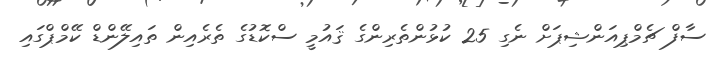
ސާފް ޗެމްޕިއަންޝިޕަށް ނެގި 25 ކުޅުންތެރިންގެ ޤައުމީ ސްކޮޑުގެ ތެރެއިން ތައިލޭންޑް ކޭމްޕްގައި